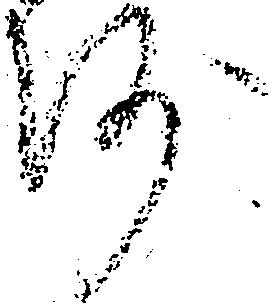
沙